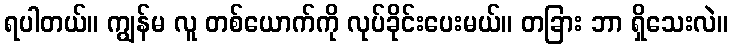
ရပါတယ်။ ကျွန်မ လူ တစ်ယောက်ကို လုပ်ခိုင်းပေးမယ်။ တခြား ဘာ ရှိသေးလဲ။